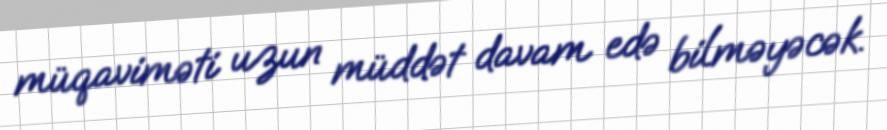
müqaviməti uzun müddət davam edə bilməyəcək.